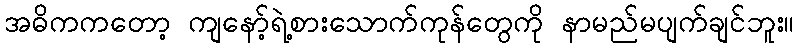
အဓိကကတော့ ကျနော့်ရဲ့စားသောက်ကုန်တွေကို နာမည်မပျက်ချင်ဘူး။